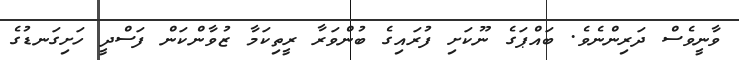
ވާނީވެސް ދަރިންނެވެ. ބައްޕަގެ ނޫކަށި ފުރައިގެ ބުންވަރާ ރީތިކަމާ ޒުވާންކަން ފަސްދީ ހަށިގަނޑުގެ